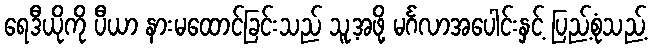
ရေဒီယိုကို ပီယာ နားမထောင်ခြင်းသည် သူ့အဖို့ မင်္ဂလာအပေါင်းနှင့် ပြည့်စုံသည့်